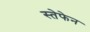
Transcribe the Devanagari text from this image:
स्तेफेन